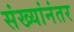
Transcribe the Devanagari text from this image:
संख्यांनंतर